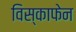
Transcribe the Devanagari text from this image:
विस्काफेन